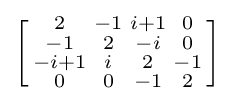
\left[{\begin{smallmatrix}2&-1&i+1&0\\-1&2&-i&0\\-i+1&i&2&-1\\0&0&-1&2\end{smallmatrix}}\right]